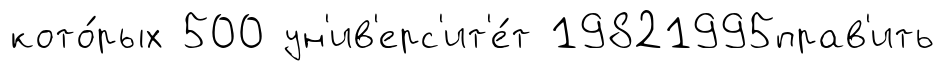
кото́рых 500 ун'ив'ерс'ит'е́т 19821995прав'ить